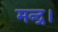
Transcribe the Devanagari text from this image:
मन्द्र।